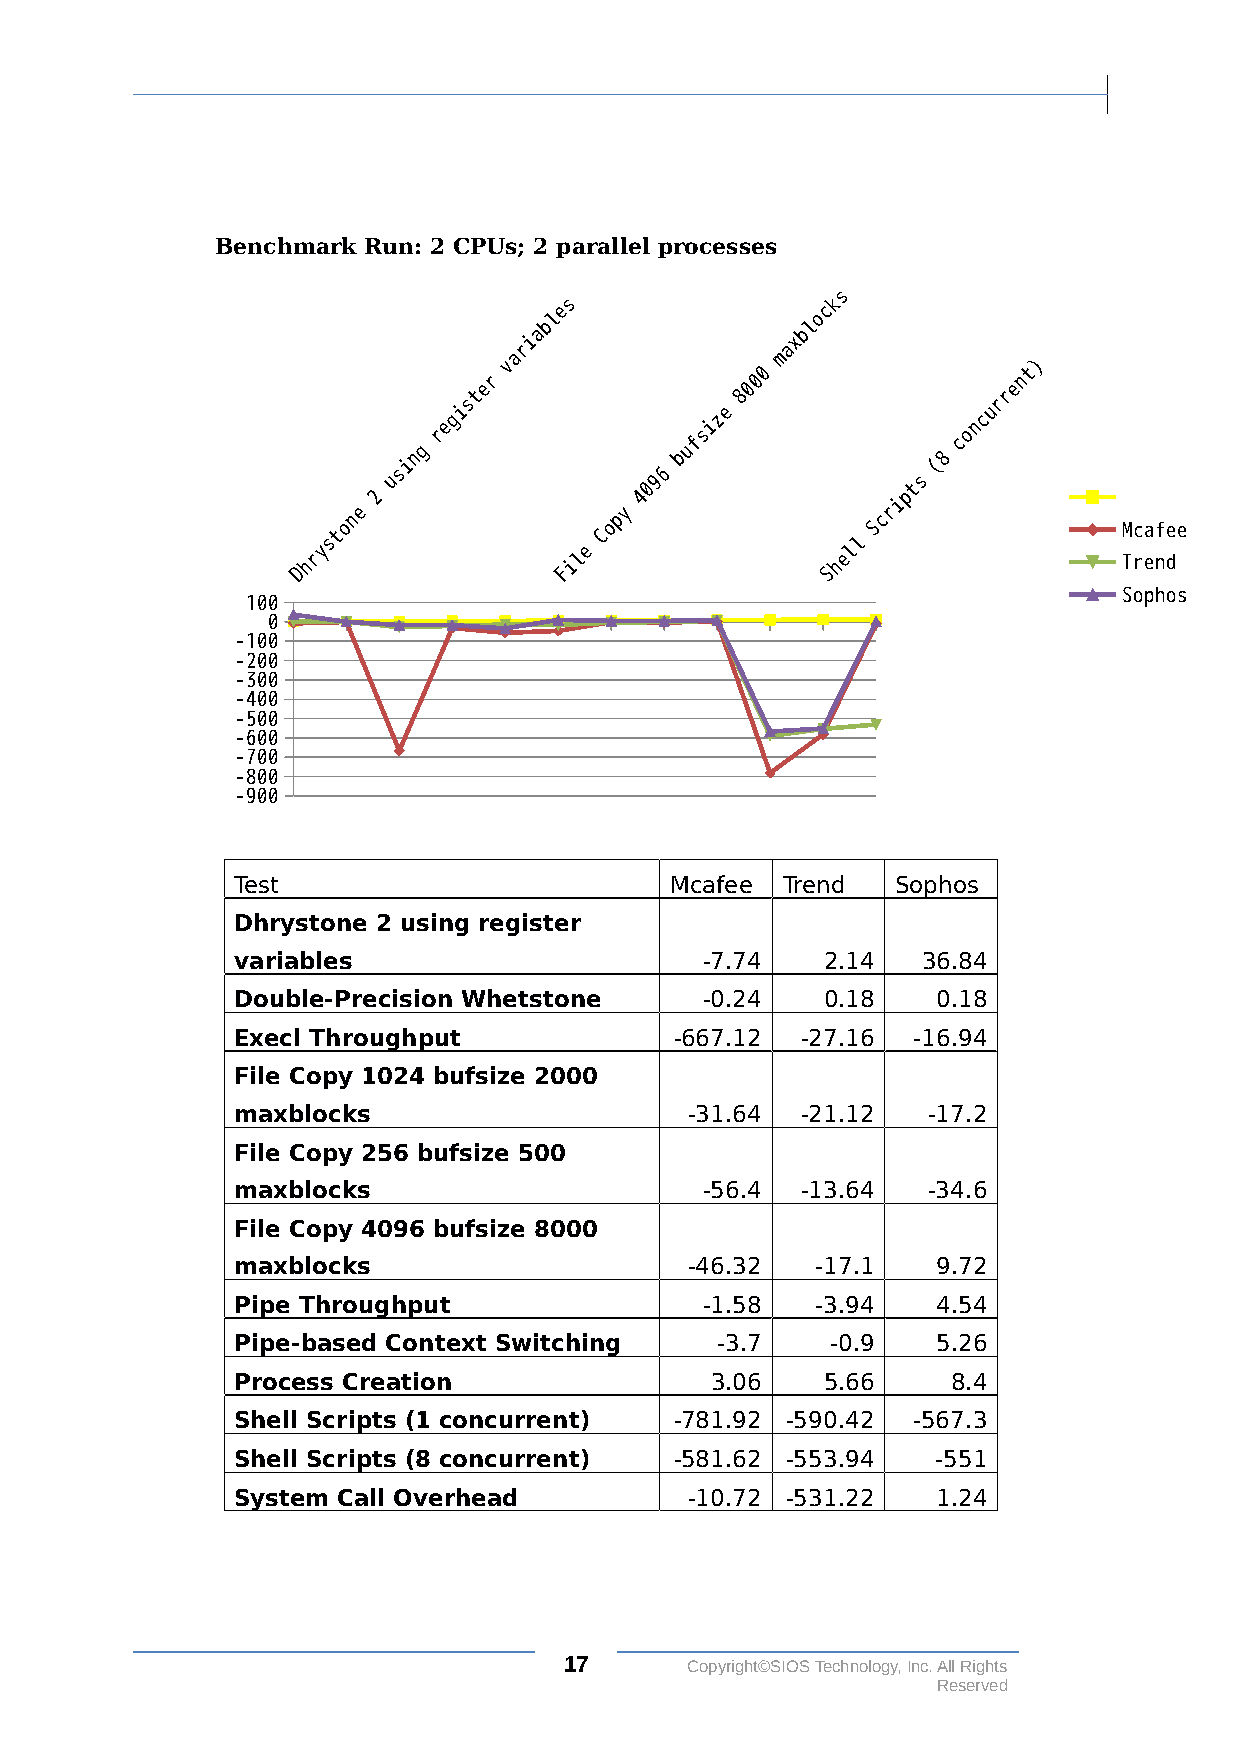
Benchmark Run: 2 CPUs; 2 parallel processes
 s
 s                 k
 e                c
 l                 o
 b                l
 a                 b
 i                x
 r                 a
 a                m
 v                                  )
 0                 t
 r                 0                n
 e                0                 e
 t                 8                r
 s                                  r
 i                 e                u
 g                z                 c
 e                 i                n
 r                s                 o
 f                c
 g                u
 n                 b                8
 i                                  (
 s                 6
 u                9                 s
 0                t
 2                4                 p
 i
 e                y                 r
 n                 p                c
 to                Co                S               Mcafee
 s                                  l
 y                 e                l
 hr                il               he                 Trend
 D                F                 S
 Sophos
 100
 0
 -100
 -200
 -300
 -400
 -500
 -600
 -700
 -800
 -900
 Test                        Mcafee  Trend  Sophos
 Dhrystone 2 using register
 variables                      -7.74   2.14  36.84
 Double-Precision Whetstone     -0.24   0.18   0.18
 Execl Throughput             -667.12 -27.16 -16.94
 File Copy 1024 bufsize 2000
 maxblocks                     -31.64 -21.12  -17.2
 File Copy 256 bufsize 500
 maxblocks                      -56.4 -13.64  -34.6
 File Copy 4096 bufsize 8000
 maxblocks                     -46.32  -17.1   9.72
 Pipe Throughput                -1.58  -3.94   4.54
 Pipe-based Context Switching   -3.7    -0.9   5.26
 Process Creation               3.06    5.66    8.4
 Shell Scripts (1 concurrent) -781.92 -590.42 -567.3
 Shell Scripts (8 concurrent) -581.62 -553.94  -551
 System Call Overhead          -10.72 -531.22  1.24
 17      Copyright©SIOS Technology, Inc. All Rights
 Reserved